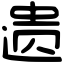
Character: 遗